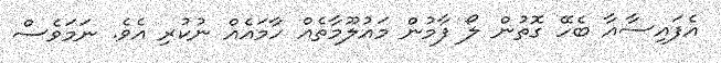
އެފައިސާއާ ބެހޭ ގޮތުން ލޯ ފާމުން މައުލޫމާތެއް ހާމައެއް ނުކުރި އެވެ. ނަމަވެސް